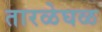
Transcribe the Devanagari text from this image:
तारळेघळ